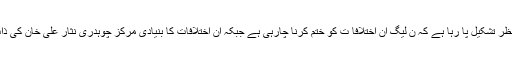
بادی النظر میں یہی منظر تشکیل پا رہا ہے کہ ن لیگ ان اختلافا ت کو ختم کرنا چارہی ہے جبکہ ان اختلافات کا بنیادی مرکز چوہدری نثار علی خان کی ذات کو سمجھا جاتا ہے۔